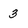
Character: 3